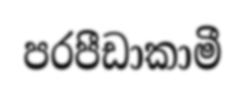
පරපීඩාකාමී